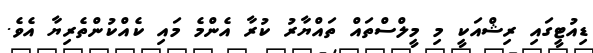
ޑިއުޓީގައި ރިޝްއަކީ މި މީލްސްތައް ތައްޔާރު ކުރާ އެންމެ މައި ކެއްކުންތެރިޔާ އެވެ.